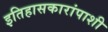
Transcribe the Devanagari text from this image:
इतिहासकारांपाशी